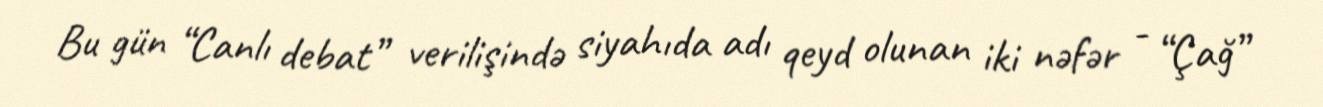
Bu gün “Canlı debat” verilişində siyahıda adı qeyd olunan iki nəfər - “Çağ”